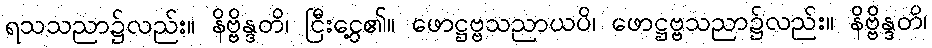
ရသသညာ၌လည်း။ နိဗ္ဗိန္ဒတိ၊ ငြီးငွေ့၏။ ဖောဋ္ဌဗ္ဗသညာယပိ၊ ဖောဋ္ဌဗ္ဗသညာ၌လည်း။ နိဗ္ဗိန္ဒတိ၊